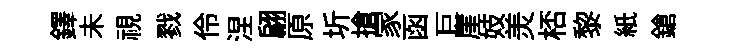
鐸未視戮伶涅翩原圻搶家函巨崖妓羙桮黎紙鎗